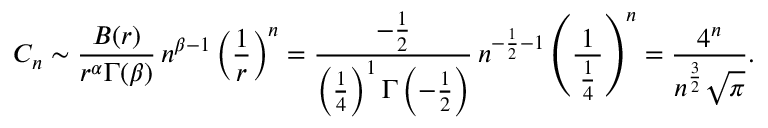
C _ { n } \sim { \frac { B ( r ) } { r ^ { \alpha } \Gamma ( \beta ) } } \, n ^ { \beta - 1 } \left( { \frac { 1 } { r } } \right) ^ { n } = { \frac { - { \frac { 1 } { 2 } } } { \left( { \frac { 1 } { 4 } } \right) ^ { 1 } \Gamma \left( - { \frac { 1 } { 2 } } \right) } } \, n ^ { - { \frac { 1 } { 2 } } - 1 } \left( { \frac { 1 } { \, { \frac { 1 } { 4 } } \, } } \right) ^ { n } = { \frac { 4 ^ { n } } { n ^ { \frac { 3 } { 2 } } { \sqrt { \pi } } } } .